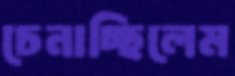
চেনাচ্ছিলেম